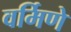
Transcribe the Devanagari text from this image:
वर्मिणे